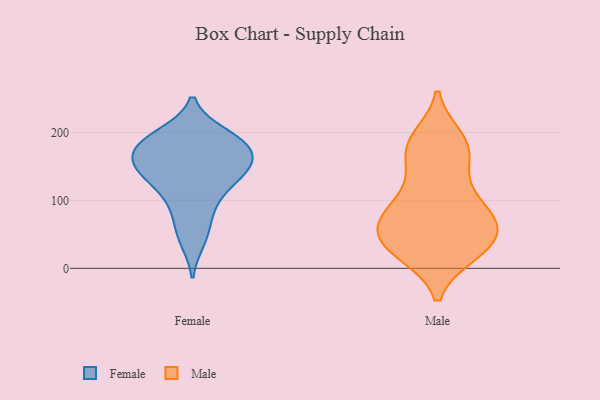
{"axis": {"x": "Bounce Rate (%)", "y": "Value"}, "legend": ["Female", "Male"], "data": [{"x": "", "y": 173, "type": "Female"}, {"x": "", "y": 159, "type": "Female"}, {"x": "", "y": 96, "type": "Female"}, {"x": "", "y": 42, "type": "Female"}, {"x": "", "y": 186, "type": "Female"}, {"x": "", "y": 137, "type": "Female"}, {"x": "", "y": 56, "type": "Female"}, {"x": "", "y": 182, "type": "Female"}, {"x": "", "y": 157, "type": "Female"}, {"x": "", "y": 153, "type": "Female"}, {"x": "", "y": 145, "type": "Female"}, {"x": "", "y": 135, "type": "Female"}, {"x": "", "y": 129, "type": "Female"}, {"x": "", "y": 186, "type": "Female"}, {"x": "", "y": 192, "type": "Female"}, {"x": "", "y": 93, "type": "Female"}, {"x": "", "y": 196, "type": "Female"}, {"x": "", "y": 57, "type": "Male"}, {"x": "", "y": 81, "type": "Male"}, {"x": "", "y": 23, "type": "Male"}, {"x": "", "y": 52, "type": "Male"}, {"x": "", "y": 29, "type": "Male"}, {"x": "", "y": 105, "type": "Male"}, {"x": "", "y": 179, "type": "Male"}, {"x": "", "y": 187, "type": "Male"}, {"x": "", "y": 22, "type": "Male"}, {"x": "", "y": 53, "type": "Male"}, {"x": "", "y": 69, "type": "Male"}, {"x": "", "y": 25, "type": "Male"}, {"x": "", "y": 141, "type": "Male"}, {"x": "", "y": 39, "type": "Male"}, {"x": "", "y": 98, "type": "Male"}, {"x": "", "y": 191, "type": "Male"}, {"x": "", "y": 178, "type": "Male"}, {"x": "", "y": 158, "type": "Male"}, {"x": "", "y": 70, "type": "Male"}, {"x": "", "y": 85, "type": "Male"}]}